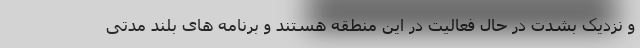
و نزدیک بشدت در حال فعالیت در این منطقه هستند و برنامه های بلند مدتی